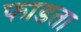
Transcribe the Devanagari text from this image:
फाडता